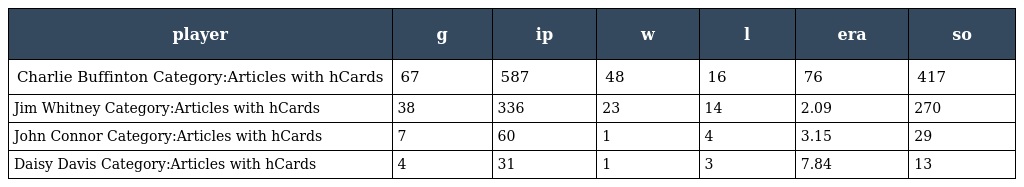
| player | g | ip | w | l | era | so |
 | --- | --- | --- | --- | --- | --- | --- |
 | Charlie Buffinton Category:Articles with hCards | 67 | 587 | 48 | 16 | 76 | 417 |
 | Jim Whitney Category:Articles with hCards | 38 | 336 | 23 | 14 | 2.09 | 270 |
 | John Connor Category:Articles with hCards | 7 | 60 | 1 | 4 | 3.15 | 29 |
 | Daisy Davis Category:Articles with hCards | 4 | 31 | 1 | 3 | 7.84 | 13 |